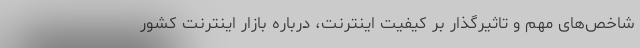
شاخص‌های مهم و تاثیرگذار بر کیفیت اینترنت، درباره بازار اینترنت کشور